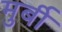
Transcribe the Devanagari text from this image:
मुर्बी